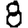
Digit: 8